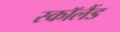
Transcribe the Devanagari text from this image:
स्काॅलैंड